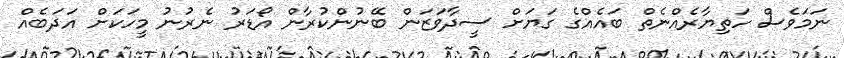
ނަމަވެސް ހަތިޔާރެއްނެތް ބައެއްގެ ގަޔަށް ސީދާވަޒަން ބޭނުންކުރާން އޯޑަރު ނެރުނު މީހަކަށް އަދަބެއް